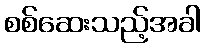
စစ်ဆေးသည့်အခါ